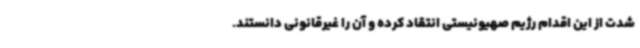
شدت از این اقدام رژیم صهیونیستی انتقاد کرده و آن را غیرقانونی دانستند.